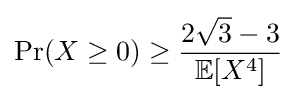
\Pr(X\geq 0)\geq {\frac {2{\sqrt {3}}-3}{\mathbb {E} [X^{4}]}}